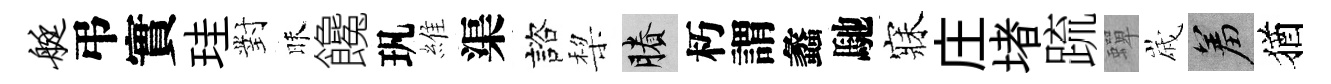
艇弔實珪對昧饞㺬維渠諮棃賸朽謂蠡馳寐庄堵䟽蟬𡻕羞猶